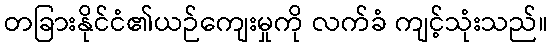
တခြားနိုင်ငံ၏ယဉ်ကျေးမှုကို လက်ခံ ကျင့်သုံးသည်။